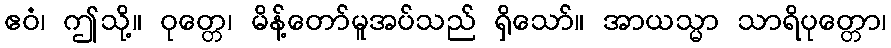
ဧဝံ၊ ဤသို့။ ဝုတ္တေ၊ မိန့်တော်မူအပ်သည် ရှိသော်။ အာယသ္မာ သာရိပုတ္တော၊